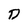
Character: D